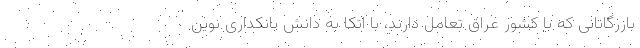
بازرگانانی که با کشور عراق تعامل دارند، با اتکا به دانش بانکداری نوین